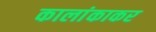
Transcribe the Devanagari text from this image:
कालांकाकर